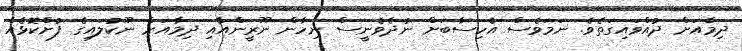
ދިމާއަށް ދުއްވައިގަތެވެ. ނަމަވެސް އެހިސާބަށް ނުދެވެނީސް ނިހާން ނޫރީންއާއި ދިމާއަށް ނޫކުލައިގެ ފުށްކޮޅެއް